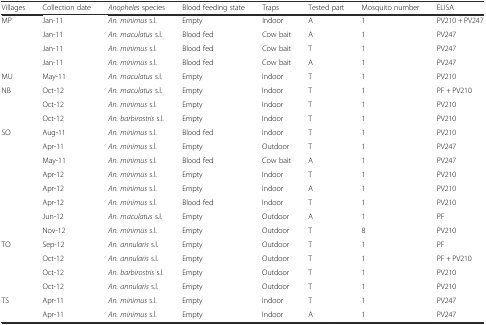
| Villages | Collection date | Anopheles species | Blood feeding state | Traps | Tested part | Mosquito number | ELISA |
 | --- | --- | --- | --- | --- | --- | --- | --- |
 | MP | Jan-11 | An. minimus s.l. | Empty | Indoor | A | 1 | PV210 + PV247 |
 |  | Jan-11 | An. maculatus s.l. | Blood fed | Cow bait | A | 1 | PV247 |
 |  | Jan-11 | An. minimus s.l. | Blood fed | Cow bait | T | 1 | PV247 |
 |  | Jan-11 | An. minimus s.l. | Blood fed | Cow bait | A | 1 | PV247 |
 | MU | May-11 | An. maculatus s.l. | Empty | Indoor | T | 1 | PV210 |
 | NB | Oct-12 | An. maculatus s.l. | Empty | Indoor | T | 1 | PF + PV210 |
 |  | Oct-12 | An. minimus s.l. | Empty | Indoor | T | 1 | PV210 |
 |  | Oct-12 | An. barbirostris s.l. | Empty | Indoor | T | 1 | PV210 |
 | SO | Aug-11 | An. minimus s.l. | Blood fed | Indoor | T | 1 | PV210 |
 |  | Apr-11 | An. minimus s.l. | Empty | Outdoor | T | 1 | PV247 |
 |  | May-11 | An. minimus s.l. | Blood fed | Cow bait | A | 1 | PV247 |
 |  | Apr-12 | An. minimus s.l. | Empty | Indoor | T | 1 | PV210 |
 |  | Apr-12 | An. minimus s.l. | Empty | Indoor | A | 1 | PV210 |
 |  | Apr-12 | An. minimus s.l. | Blood fed | Indoor | T | 1 | PV210 |
 |  | Jun-12 | An. maculatus s.l. | Empty | Outdoor | A | 1 | PF |
 |  | Nov-12 | An. minimus s.l. | Empty | Outdoor | T | 8 | PV210 |
 | TO | Sep-12 | An. annularis s.l. | Empty | Outdoor | T | 1 | PF |
 |  | Oct-12 | An. annularis s.l. | Empty | Outdoor | T | 1 | PF + PV210 |
 |  | Oct-12 | An. barbirostris s.l. | Empty | Outdoor | T | 1 | PV210 |
 |  | Oct-12 | An. annularis s.l. | Empty | Outdoor | T | 1 | PV210 |
 | TS | Apr-11 | An. minimus s.l. | Empty | Indoor | T | 1 | PV247 |
 |  | Apr-11 | An. minimus s.l. | Empty | Indoor | A | 1 | PV247 |